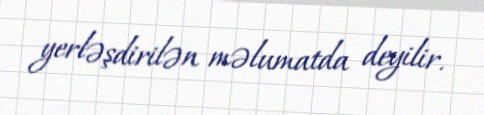
yerləşdirilən məlumatda deyilir.